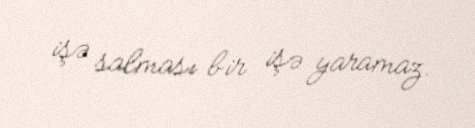
işə salması bir işə yaramaz.